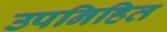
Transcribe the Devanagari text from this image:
उपनिहित